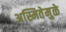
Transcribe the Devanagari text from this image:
अस्मितेमुळे